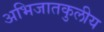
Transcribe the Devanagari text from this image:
अभिजातकुलीय